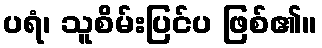
ပရံ၊ သူစိမ်းပြင်ပ ဖြစ်၏။